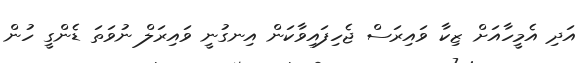
އަދި އެމީހާއަށް ޒިކާ ވައިރަސް ޖެހިފައިވާކަން އިނގުނީ ވައިރަލް ނުވަތަ ޑެންގީ ހުން